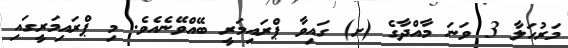
މަރުހަލާ 3 ވަނަ މާއްދާގެ (ށ) ގައިވާ ޕްރައިމަރީ ބޭއްވޭނެއެވެ. މި ޕްރައިމަރީގައި